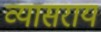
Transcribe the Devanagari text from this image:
व्यासराय